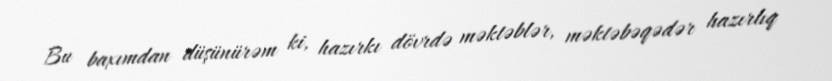
Bu baxımdan düşünürəm ki, hazırkı dövrdə məktəblər, məktəbəqədər hazırlıq